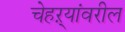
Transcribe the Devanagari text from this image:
चेहऱ्यांवरील